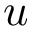
u